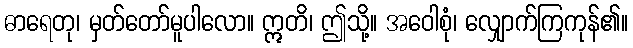
ဓာရေတု၊ မှတ်တော်မူပါလော။ ဣတိ၊ ဤသို့။ အဝေါစုံ၊ လျှောက်ကြကုန်၏။